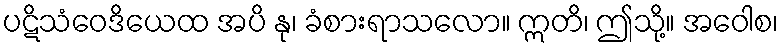
ပဋိသံဝေဒိယေထ အပိ နု၊ ခံစားရာသလော။ ဣတိ၊ ဤသို့။ အဝေါစ၊